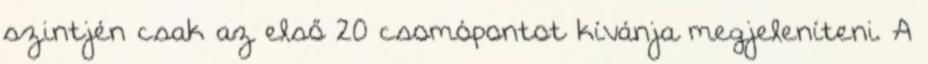
szintjén csak az első 20 csomópontot kívánja megjeleníteni. A